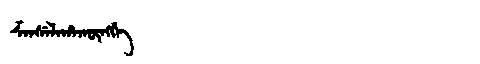
Manchu: ᡯᠠᠨᠰᡝᠯᠠᡥᠠᡴᡡᠩᡤᡝ
Romanization: DZANSELAHAKŪNGGE